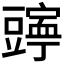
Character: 𫎄